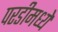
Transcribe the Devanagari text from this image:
परडीमध्ये